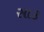
સાક